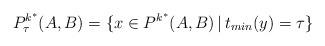
LaTeX: \begin{align*}P^{k^*}_\tau(A,B)=\{x\in P^{k^*}(A,B)\,|\, t_{min}(y)=\tau\}\end{align*}